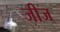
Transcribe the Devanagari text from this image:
जीज